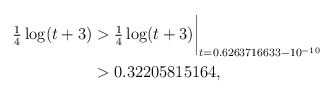
\begin{align*}\tfrac14\log(t+3) & > \tfrac14\log(t+3)\biggr\rvert_{t=0.6263716633 - 10^{-10}} \\& > 0.32205815164 , \end{align*}